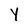
Character: Y